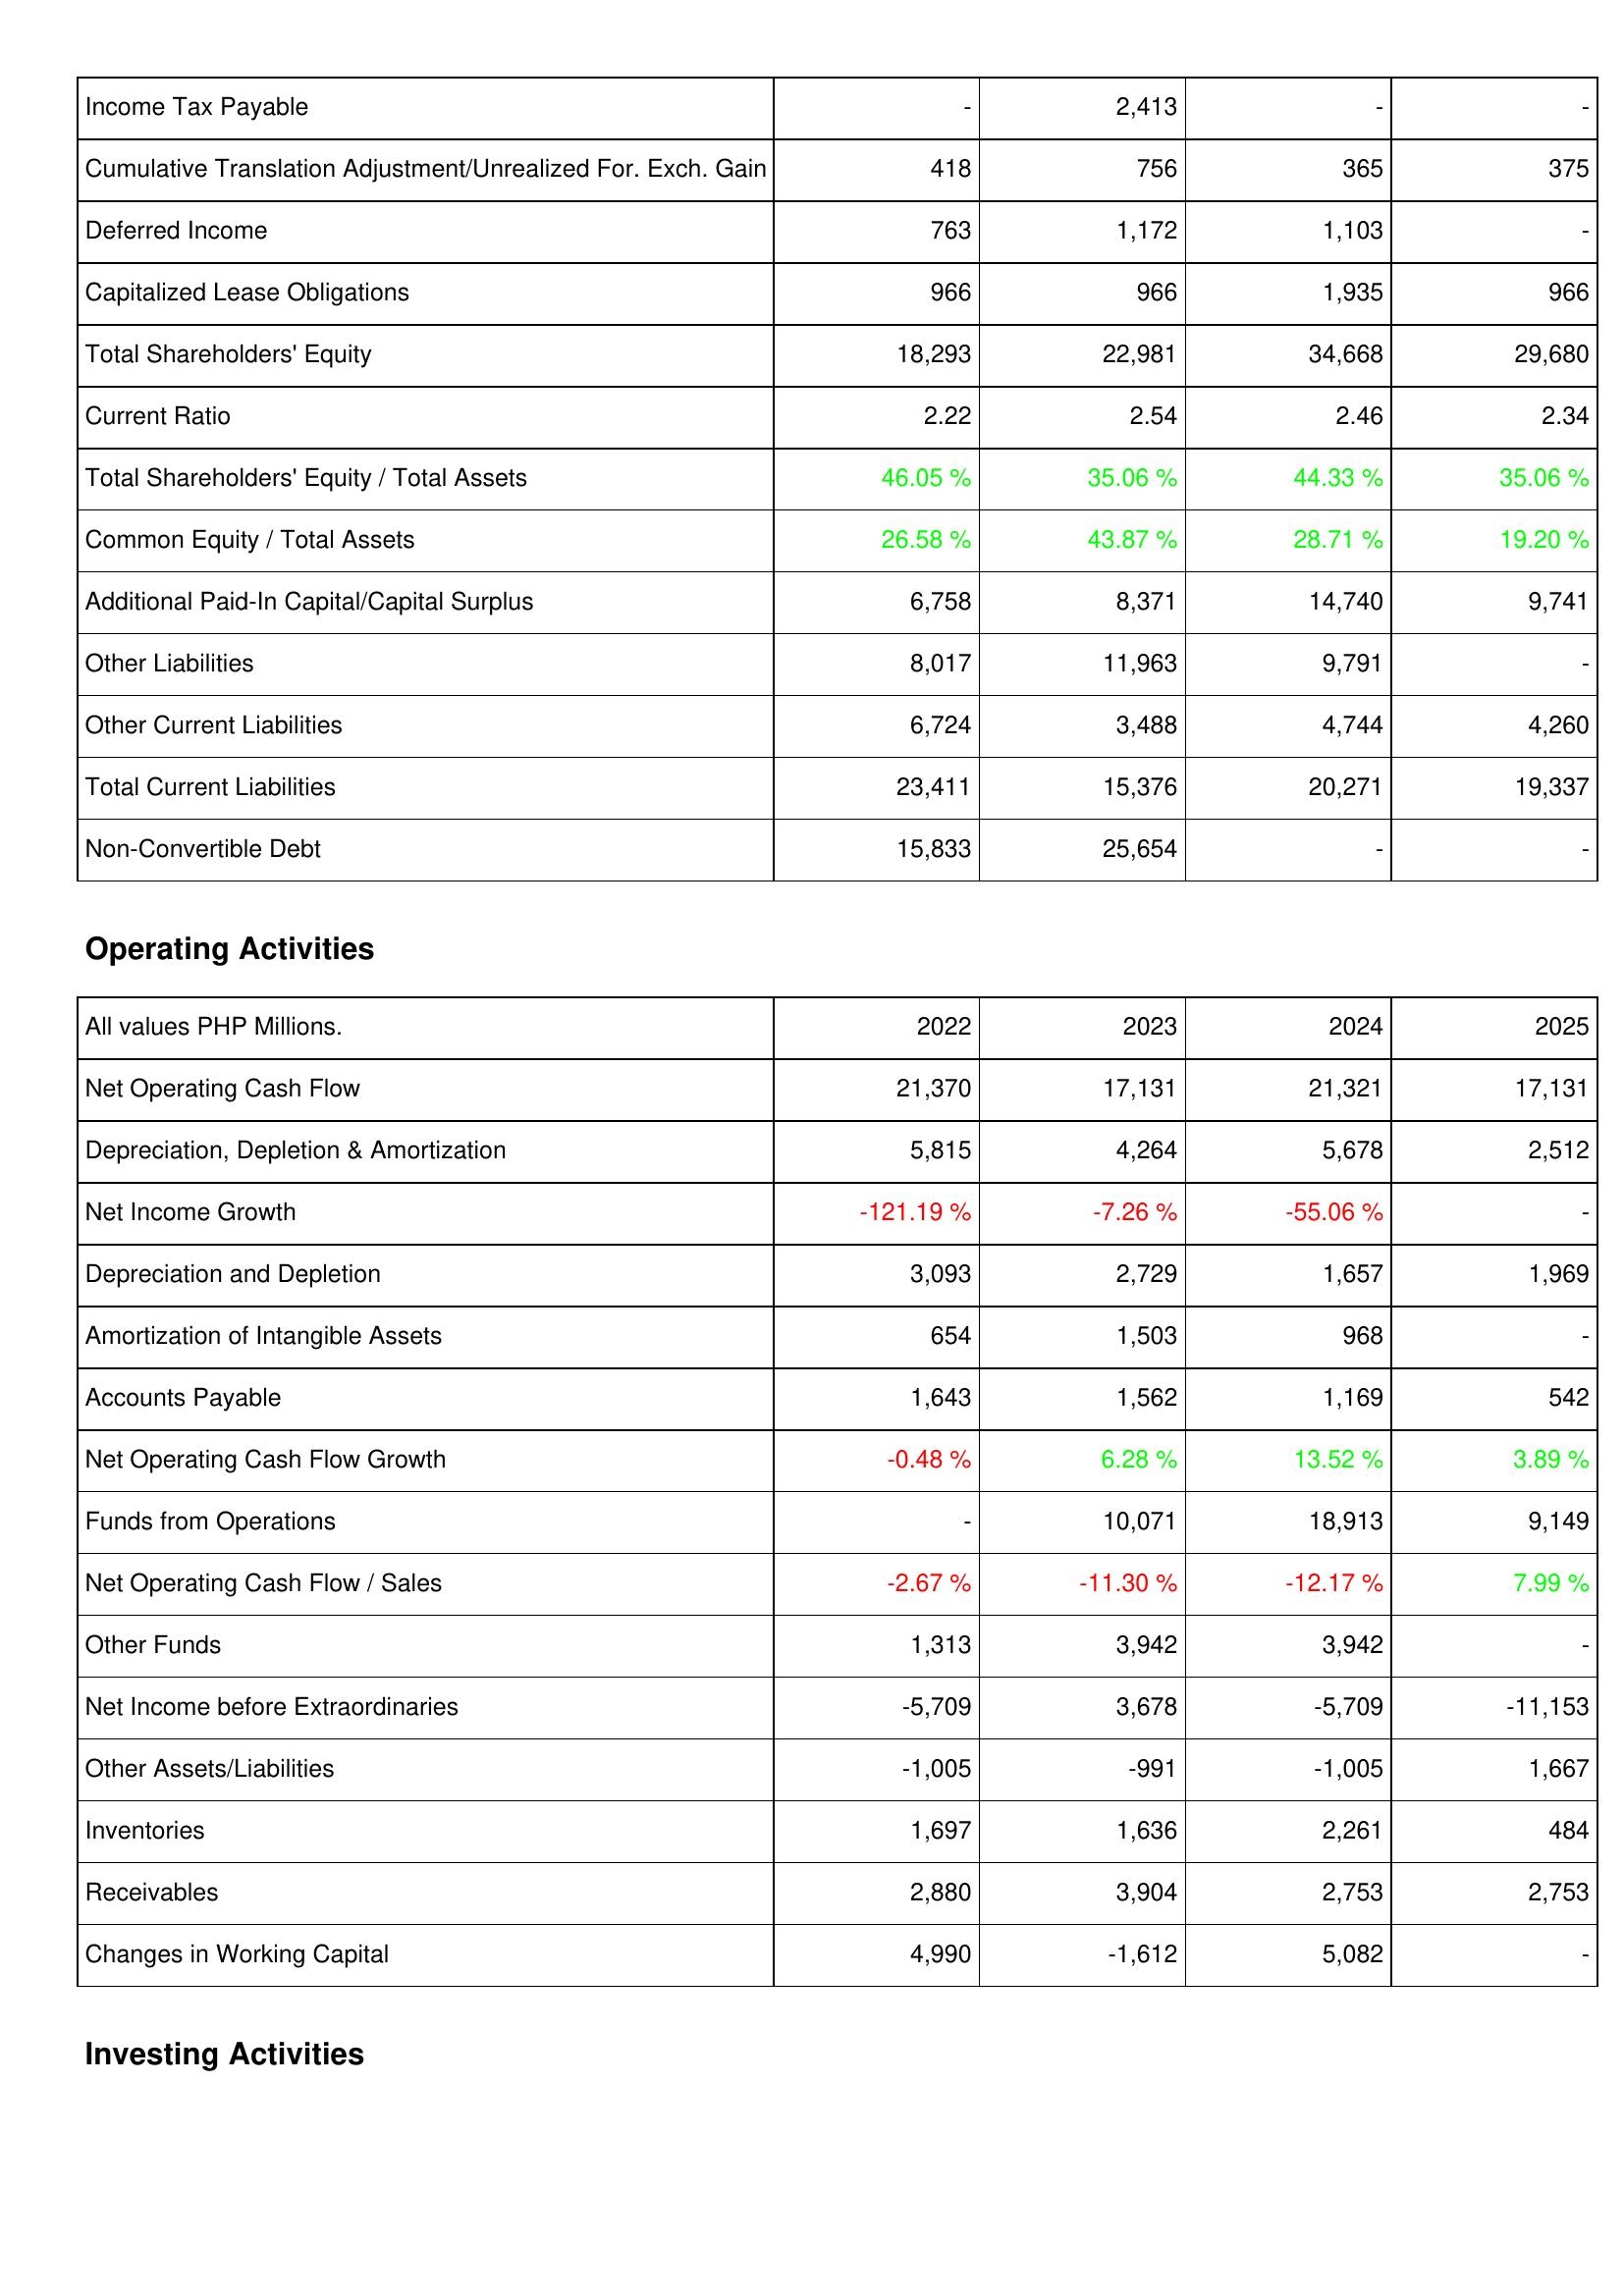
2022: Liabilities & Shareholders' Equity: Income Tax Payable: -
Cumulative Translation Adjustment/Unrealized For. Exch. Gain: 418
Deferred Income: 763
Capitalized Lease Obligations: 966
Total Shareholders' Equity: 18,293
Current Ratio: 2.22
Total Shareholders' Equity / Total Assets: 46.05 %
Common Equity / Total Assets: 26.58 %
Additional Paid-In Capital/Capital Surplus: 6,758
Other Liabilities: 8,017
Other Current Liabilities: 6,724
Total Current Liabilities: 23,411
Non-Convertible Debt: 15,833
Operating Activities: Net Operating Cash Flow: 21,370
Depreciation, Depletion & Amortization: 5,815
Net Income Growth: -121.19 %
Depreciation and Depletion: 3,093
Amortization of Intangible Assets: 654
Accounts Payable: 1,643
Net Operating Cash Flow Growth: -0.48 %
Funds from Operations: -
Net Operating Cash Flow / Sales: -2.67 %
Other Funds: 1,313
Net Income before Extraordinaries: -5,709
Other Assets/Liabilities: -1,005
Inventories: 1,697
Receivables: 2,880
Changes in Working Capital: 4,990
2023: Liabilities & Shareholders' Equity: Income Tax Payable: 2,413
Cumulative Translation Adjustment/Unrealized For. Exch. Gain: 756
Deferred Income: 1,172
Capitalized Lease Obligations: 966
Total Shareholders' Equity: 22,981
Current Ratio: 2.54
Total Shareholders' Equity / Total Assets: 35.06 %
Common Equity / Total Assets: 43.87 %
Additional Paid-In Capital/Capital Surplus: 8,371
Other Liabilities: 11,963
Other Current Liabilities: 3,488
Total Current Liabilities: 15,376
Non-Convertible Debt: 25,654
Operating Activities: Net Operating Cash Flow: 17,131
Depreciation, Depletion & Amortization: 4,264
Net Income Growth: -7.26 %
Depreciation and Depletion: 2,729
Amortization of Intangible Assets: 1,503
Accounts Payable: 1,562
Net Operating Cash Flow Growth: 6.28 %
Funds from Operations: 10,071
Net Operating Cash Flow / Sales: -11.30 %
Other Funds: 3,942
Net Income before Extraordinaries: 3,678
Other Assets/Liabilities: -991
Inventories: 1,636
Receivables: 3,904
Changes in Working Capital: -1,612
2024: Liabilities & Shareholders' Equity: Income Tax Payable: -
Cumulative Translation Adjustment/Unrealized For. Exch. Gain: 365
Deferred Income: 1,103
Capitalized Lease Obligations: 1,935
Total Shareholders' Equity: 34,668
Current Ratio: 2.46
Total Shareholders' Equity / Total Assets: 44.33 %
Common Equity / Total Assets: 28.71 %
Additional Paid-In Capital/Capital Surplus: 14,740
Other Liabilities: 9,791
Other Current Liabilities: 4,744
Total Current Liabilities: 20,271
Non-Convertible Debt: -
Operating Activities: Net Operating Cash Flow: 21,321
Depreciation, Depletion & Amortization: 5,678
Net Income Growth: -55.06 %
Depreciation and Depletion: 1,657
Amortization of Intangible Assets: 968
Accounts Payable: 1,169
Net Operating Cash Flow Growth: 13.52 %
Funds from Operations: 18,913
Net Operating Cash Flow / Sales: -12.17 %
Other Funds: 3,942
Net Income before Extraordinaries: -5,709
Other Assets/Liabilities: -1,005
Inventories: 2,261
Receivables: 2,753
Changes in Working Capital: 5,082
2025: Liabilities & Shareholders' Equity: Income Tax Payable: -
Cumulative Translation Adjustment/Unrealized For. Exch. Gain: 375
Deferred Income: -
Capitalized Lease Obligations: 966
Total Shareholders' Equity: 29,680
Current Ratio: 2.34
Total Shareholders' Equity / Total Assets: 35.06 %
Common Equity / Total Assets: 19.20 %
Additional Paid-In Capital/Capital Surplus: 9,741
Other Liabilities: -
Other Current Liabilities: 4,260
Total Current Liabilities: 19,337
Non-Convertible Debt: -
Operating Activities: Net Operating Cash Flow: 17,131
Depreciation, Depletion & Amortization: 2,512
Net Income Growth: -
Depreciation and Depletion: 1,969
Amortization of Intangible Assets: -
Accounts Payable: 542
Net Operating Cash Flow Growth: 3.89 %
Funds from Operations: 9,149
Net Operating Cash Flow / Sales: 7.99 %
Other Funds: -
Net Income before Extraordinaries: -11,153
Other Assets/Liabilities: 1,667
Inventories: 484
Receivables: 2,753
Changes in Working Capital: -